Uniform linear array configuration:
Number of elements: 4
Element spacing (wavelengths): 0.75
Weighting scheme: uniform
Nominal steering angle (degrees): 45
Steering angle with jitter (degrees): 45.79
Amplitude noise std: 0.05
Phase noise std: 0.05

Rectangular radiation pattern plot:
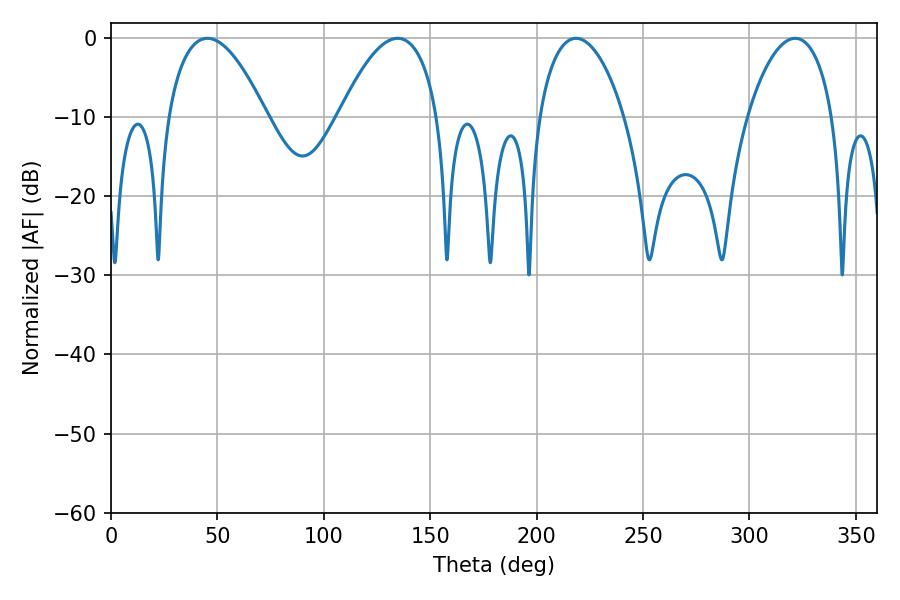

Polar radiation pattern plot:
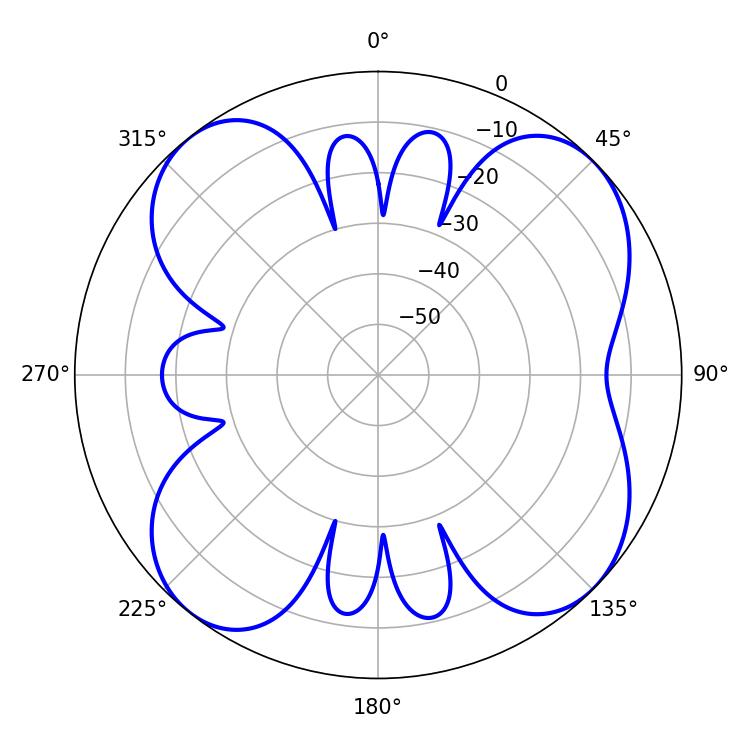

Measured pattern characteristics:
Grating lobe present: TRUE
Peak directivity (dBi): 10.329
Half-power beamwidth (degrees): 22.68
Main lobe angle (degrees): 218.52